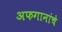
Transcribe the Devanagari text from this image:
अफगानांचे